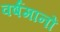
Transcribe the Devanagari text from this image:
वर्षमानों